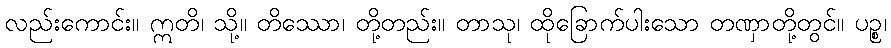
လည်းကောင်း။ ဣတိ၊ သို့။ တိဿော၊ တို့တည်း။ တာသု၊ ထိုခြောက်ပါးသော တဏှာတို့တွင်။ ပဉ္စ၊